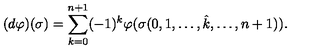
( d \varphi ) ( \sigma ) = \sum _ { k = 0 } ^ { n + 1 } ( - 1 ) ^ { k } \varphi ( \sigma ( 0 , 1 , \dots , \hat { k } , \dots , n + 1 ) ) .